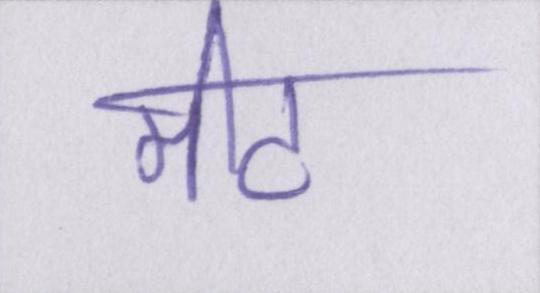
मीट